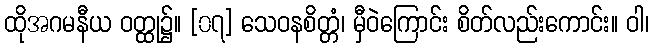
ထိုအဂမနီယ ဝတ္ထု၌။ [၀၇] သေဝနစိတ္တံ၊ မှီဝဲကြောင်း စိတ်လည်းကောင်း။ ဝါ၊